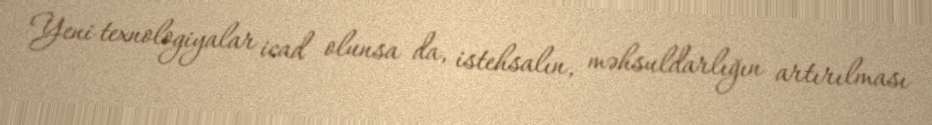
Yeni texnologiyalar icad olunsa da, istehsalın, məhsuldarlığın artırılması